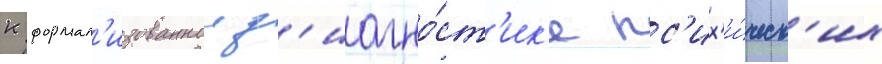
к формал'изованнои д'иагно́ст'ик'е пс'их'и́ческ'их